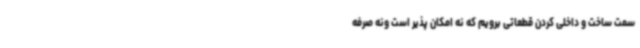
سمت ساخت و داخلی کردن قطعاتی برویم که نه امکان پذیر است ونه صرفه